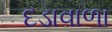
દડાવાળા